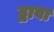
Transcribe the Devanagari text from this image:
द्वावा